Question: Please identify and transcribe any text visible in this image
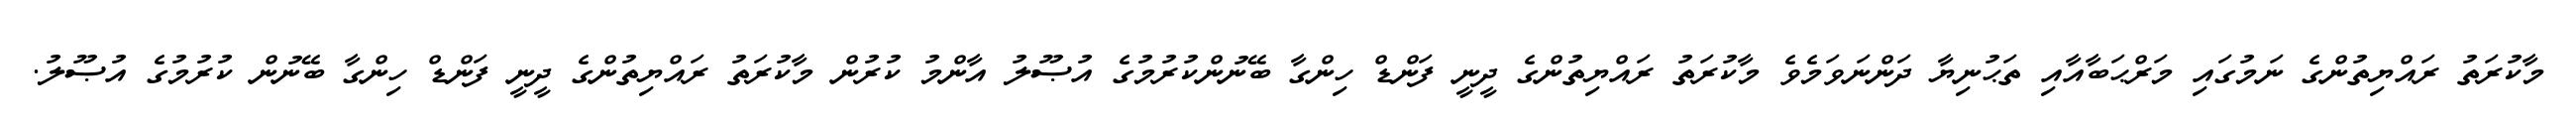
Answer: މާކުރަތު ރައްޔިތުންގެ ނަމުގައި މަރްޙަބާއާއި ތަޙުނިޔާ ދަންނަވަމެވެ މާކުރަތު ރައްޔިތުންގެ ދީނީ ފަންޑް ހިންގާ ބޭނުންކުރުމުގެ އުޞޫލު އާންމު ކުރުން މާކުރަތު ރައްޔިތުންގެ ދީނީ ފަންޑް ހިންގާ ބޭނުން ކުރުމުގެ އުޞޫލު.